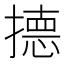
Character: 𭢙